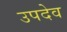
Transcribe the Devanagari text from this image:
उपदेव